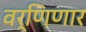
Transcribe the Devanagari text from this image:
वर्णिणार